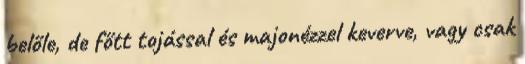
belőle, de főtt tojással és majonézzel keverve, vagy csak